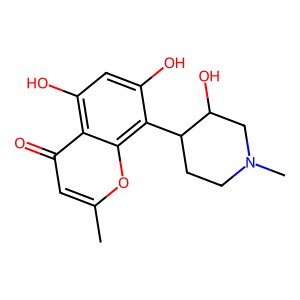
SMILES: Cc1cc(=O)c2c(O)cc(O)c(C3CCN(C)CC3O)c2o1
Inhibits HIV replication: Yes